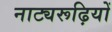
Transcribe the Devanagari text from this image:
नाट्यरूढ़ियों